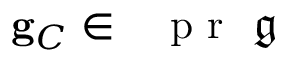
\mathbf { g } _ { C } \in \mathrm { ~ \textbf ~ { ~ p ~ r ~ } ~ } \mathfrak { g }